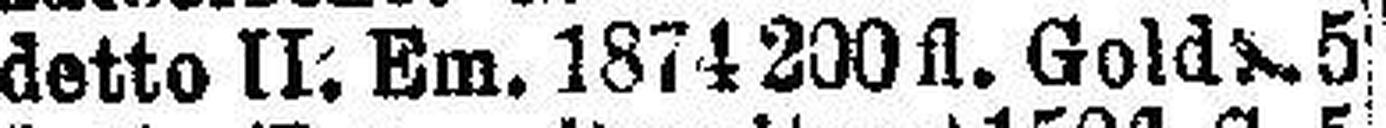
detto II. Em. 1874 200fl. Gold 5